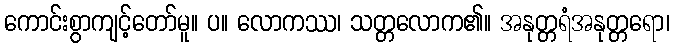
ကောင်းစွာကျင့်တော်မူ။ ပ။ လောကဿ၊ သတ္တလောက၏။ အနုတ္တရံအနုတ္တရော၊